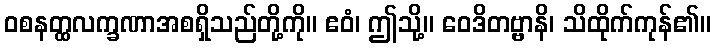
ဝစနတ္ထလက္ခဏာအစရှိသည်တို့ကို။ ဧဝံ၊ ဤသို့။ ဝေဒိတဗ္ဗာနိ၊ သိထိုက်ကုန်၏။